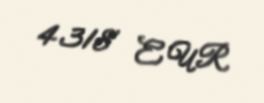
4318 EUR